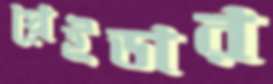
স্নেইডার